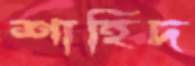
শাহিদ